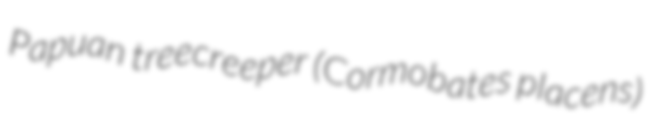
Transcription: Papuan treecreeper (Cormobates placens)